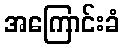
အကြောင်းခံ